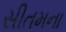
સીતમના